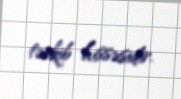
tərkib hissəsidir.